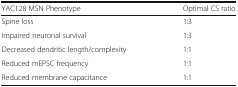
<table><thead><tr><td><b>YAC128 MSN Phenotype</b></td><td><b>Optimal CS ratio</b></td></tr></thead><tbody><tr><td>Spine loss</td><td>1:3</td></tr><tr><td>Impaired neuronal survival</td><td>1:3</td></tr><tr><td>Decreased dendritic length/complexity</td><td>1:1</td></tr><tr><td>Reduced mEPSC frequency</td><td>1:1</td></tr><tr><td>Reduced membrane capacitance</td><td>1:1</td></tr></tbody></table>